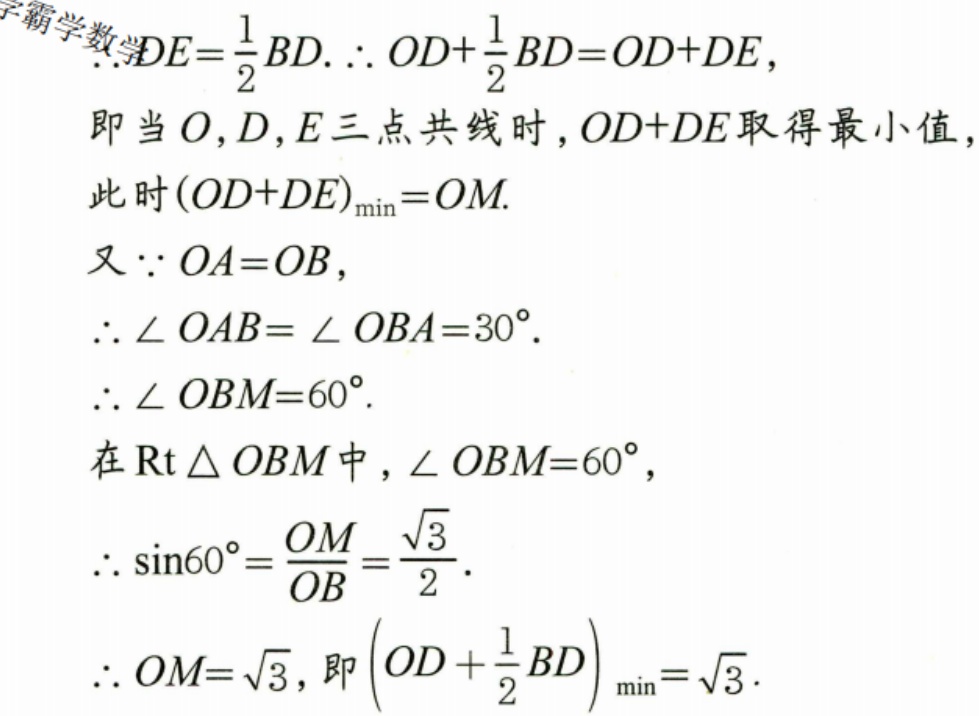
$\therefore DE=\frac{1}{2}BD.\therefore OD + \frac{1}{2}BD=OD + DE,$
即当$O,D,E$三点共线时，$OD + DE$取得最小值，
此时$(OD + DE)_{\min}=OM.$
又$\because OA = OB,$
$\therefore\angle OAB=\angle OBA = 30^{\circ}.$
$\therefore\angle OBM = 60^{\circ}.$
在$\text{Rt}\triangle OBM$中，$\angle OBM = 60^{\circ},$
$\therefore\sin60^{\circ}=\frac{OM}{OB}=\frac{\sqrt{3}}{2}.$
$\therefore OM=\sqrt{3},即\left(OD+\frac{1}{2}BD\right)_{\min}=\sqrt{3}.$